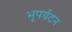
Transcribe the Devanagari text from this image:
भूपर्यटन